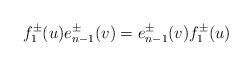
LaTeX: \begin{align*}f_{1}^{\pm}(u)e_{n-1}^{\pm}(v)=e_{n-1}^{\pm}(v)f_{1}^{\pm}(u)\end{align*}